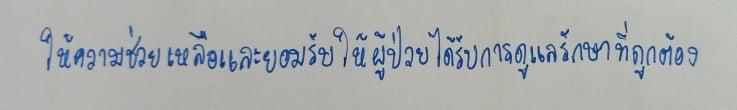
ให้ความช่วยเหลือและยอมรับให้ผู้ป่วยได้รับการดูแลรักษาที่ถูกต้อง